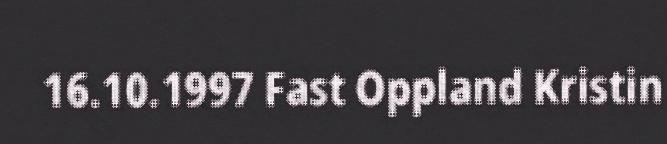
16.10.1997 Fast Oppland Kristin